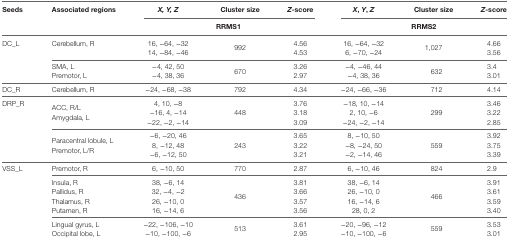
<table><thead><tr><td><b>Seeds</b></td><td><b>Associated regions</b></td><td><b><i>X, Y, Z</i></b></td><td><b>Cluster size</b></td><td><b><i>Z</i>-score</b></td><td><b><i>X</i>, <i>Y</i>, <i>Z</i></b></td><td><b>Cluster size</b></td><td><b><i>Z</i>-score</b></td></tr><tr><td colspan="2"></td><td colspan="3"><b>RRMS1</b></td><td colspan="3"><b>RRMS2</b></td></tr></thead><tbody><tr><td rowspan="3">DC_L</td><td>Cerebellum, R</td><td>16, −64, −3214, −84, −46</td><td>992</td><td>4.564.53</td><td>16, −64, −326, −70, −24</td><td>1,027</td><td>4.663.56</td></tr><tr><td>SMA, LPremotor, L</td><td>−4, 42, 50−4, 38, 36</td><td>670</td><td>3.262.97</td><td>−4, −46, 44−4, 38, 36</td><td>632</td><td>3.43.01</td></tr><tr><td>DC_R</td><td>Cerebellum, R</td><td>−24, −68, −38</td><td>792</td><td>4.34</td><td>−24, −66, −36</td><td>712</td><td>4.14</td></tr><tr><td rowspan="3">DRP_R</td><td>ACC, R/LAmygdala, L</td><td>4, 10, −8−16, 4, −14−22, −2, −14</td><td>448</td><td>3.763.183.09</td><td>−18, 10, −142, 10, −6−24, −2, −14</td><td>299</td><td>3.463.222.85</td></tr><tr><td>Paracentral lobule, LPremotor, L/R</td><td>−6, −20, 468, −12, 48−6, −12, 50</td><td>243</td><td>3.653.223.21</td><td>8, −10, 50−8, −24, 50−2, −14, 46</td><td>559</td><td>3.923.753.39</td></tr><tr><td rowspan="6">VSS_L</td><td>Premotor, R</td><td>6, −10, 50</td><td>770</td><td>2.87</td><td>6, −10, 46</td><td>824</td><td>2.9</td></tr><tr><td>Insula, RPallidus, RThalamus, RPutamen, R</td><td>38, −6, 1432, −4, −226, −10, 016, −14, 6</td><td>436</td><td>3.813.663.573.56</td><td>38, −6, 1426, −10, 016, −14, 628, 0, 2</td><td>466</td><td>3.913.613.593.40</td></tr><tr><td>Lingual gyrus, LOccipital lobe, L</td><td>−22, −106, −10−10, −100, −6</td><td>513</td><td>3.612.95</td><td>−20, −96, −12−10, −100, −6</td><td>559</td><td>3.533.01</td></tr></tbody></table>